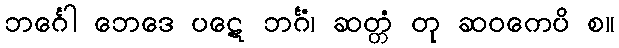
ဘင်္ဂေါ ဘေဒေ ပဋေ ဘင်္ဂံ၊ ဆတ္တံ တု ဆဝကေပိ စ။